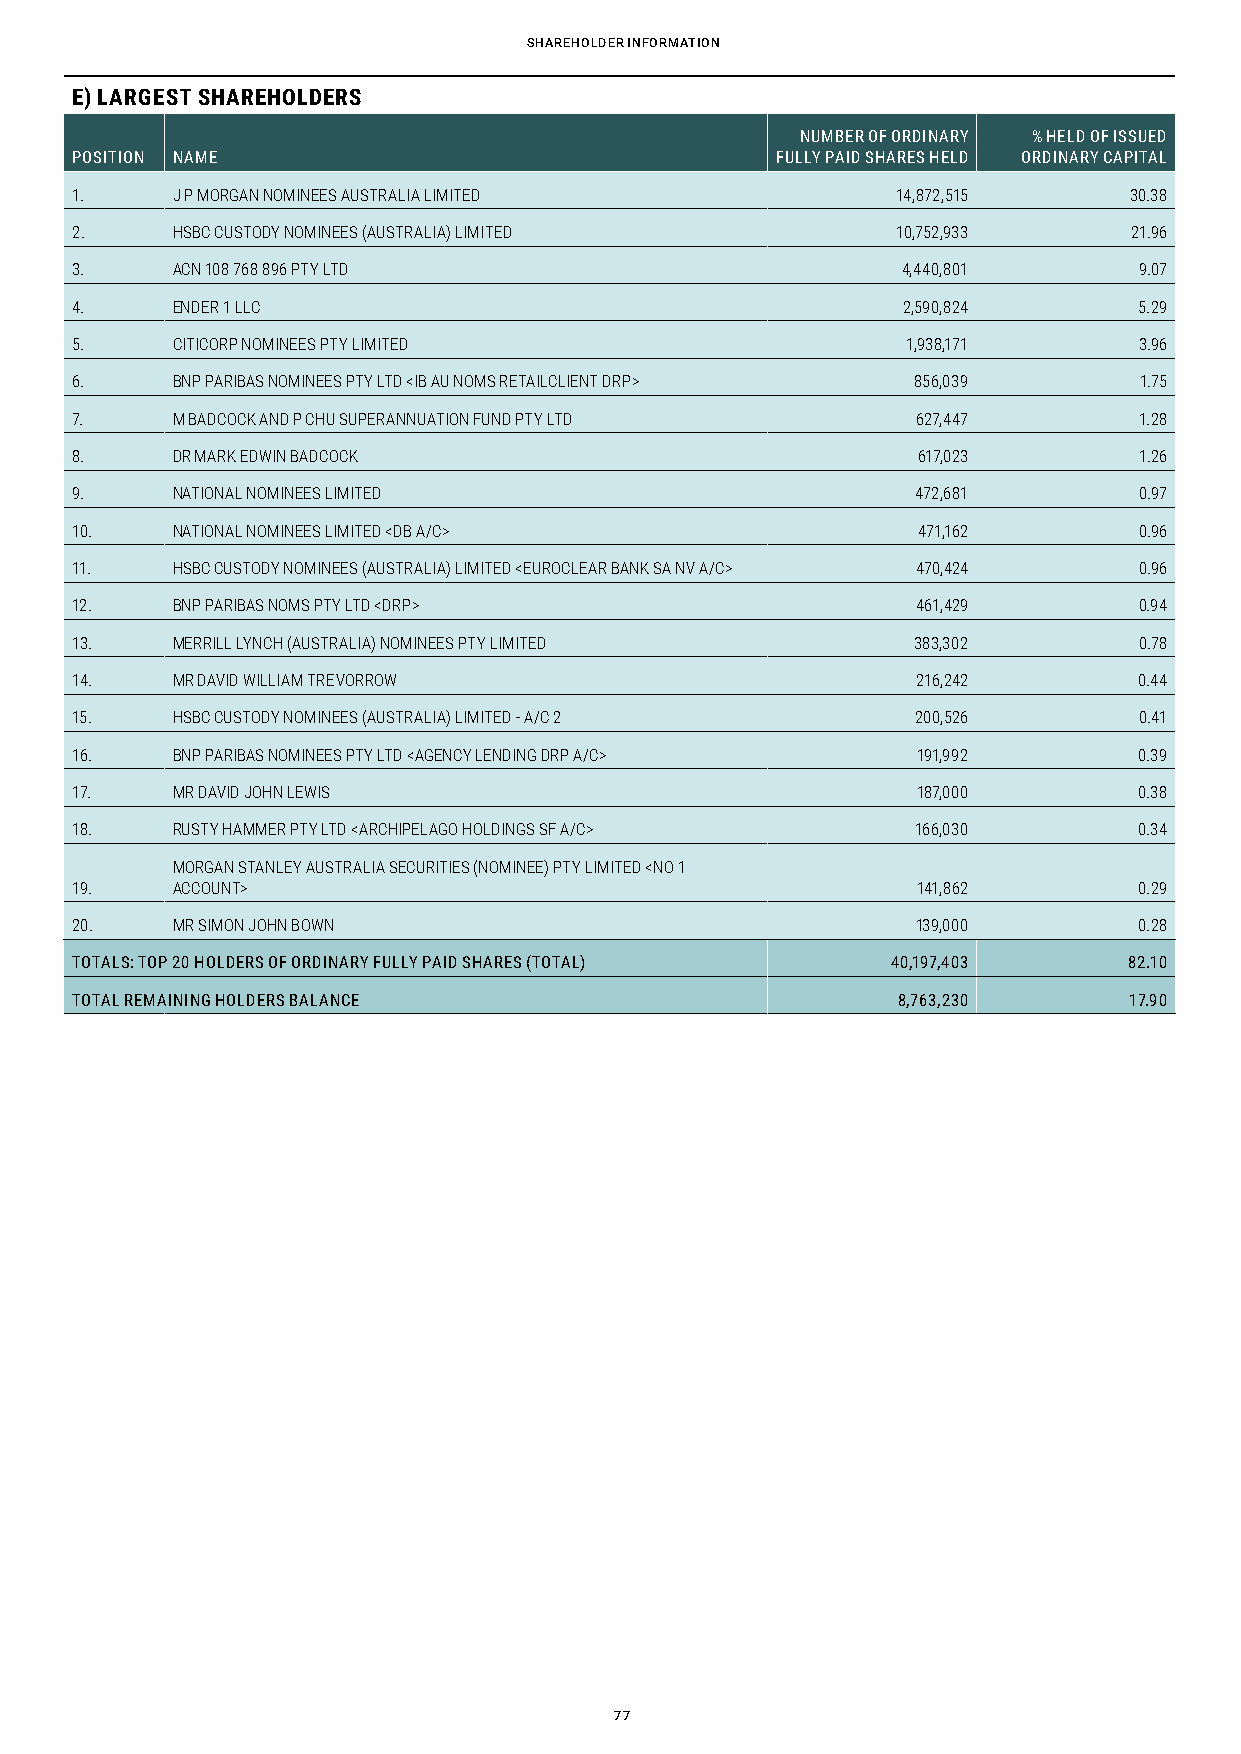
sharEhoLdEr iNForMatioN
 E) LARGEST SHAREHOLDERS
 NUMBER OF ORDINARY % HELD OF ISSUED
 POSITION NAME                                 FULLY PAID SHARES HELD ORDINARY CAPITAL
 1.    J P MORGAN NOMINEES AUSTRALIA LIMITED           14,872,515      30.38
 2.    HSBC CUSTODY NOMINEES (AUSTRALIA) LIMITED       10,752,933      21.96
 3.    ACN 108 768 896 PTY LTD                          4,440,801      9.07
 4.    ENDER 1 LLC                                      2,590,824      5.29
 5.    CITICORP NOMINEES PTY LIMITED                    1,938,171      3.96
 6.    BNP PARIBAS NOMINEES PTY LTD <IB AU NOMS RETAILCLIENT DRP> 856,039 1.75
 7.    M BADCOCK AND P CHU SUPERANNUATION FUND PTY LTD   627,447       1.28
 8.    DR MARK EDWIN BADCOCK                             617,023       1.26
 9.    NATIONAL NOMINEES LIMITED                         472,681       0.97
 10.   NATIONAL NOMINEES LIMITED <DB A/C>                471,162       0.96
 11.   HSBC CUSTODY NOMINEES (AUSTRALIA) LIMITED <EUROCLEAR BANK SA NV A/C> 470,424 0.96
 12.   BNP PARIBAS NOMS PTY LTD <DRP>                    461,429       0.94
 13.   MERRILL LYNCH (AUSTRALIA) NOMINEES PTY LIMITED   383,302        0.78
 14.   MR DAVID WILLIAM TREVORROW                        216,242       0.44
 15.   HSBC CUSTODY NOMINEES (AUSTRALIA) LIMITED - A/C 2 200,526       0.41
 16.   BNP PARIBAS NOMINEES PTY LTD <AGENCY LENDING DRP A/C> 191,992   0.39
 17.   MR DAVID JOHN LEWIS                               187,000       0.38
 18.   RUSTY HAMMER PTY LTD <ARCHIPELAGO HOLDINGS SF A/C> 166,030      0.34
 MORGAN STANLEY AUSTRALIA SECURITIES (NOMINEE) PTY LIMITED <NO 1
 19.   ACCOUNT>                                          141,862       0.29
 20.   MR SIMON JOHN BOWN                                139,000       0.28
 TOTALS: TOP 20 HOLDERS OF ORDINARY FULLY PAID SHARES (TOTAL) 40,197,403 82.10
 TOTAL REMAINING HOLDERS BALANCE                       8,763,230       17.90
 77